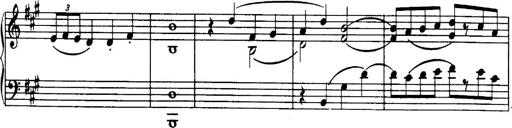
Title: 3 Sonatinas, Op.67
Composer: Jean Sibelius